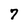
Character: 7